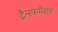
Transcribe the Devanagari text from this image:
ट्रैन्स्फर्मेशन